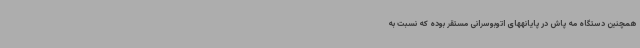
همچنین دستگاه مه پاش در پایانههای اتوبوسرانی مستقر بوده که نسبت به